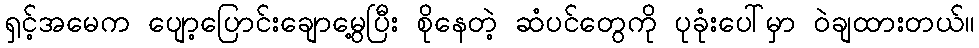
ရှင့်အမေက ပျော့ပြောင်းချောမွေ့ပြီး စိုနေတဲ့ ဆံပင်တွေကို ပုခုံးပေါ်မှာ ဝဲချထားတယ်။